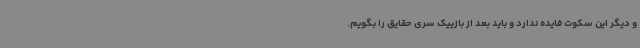
و دیگر این سکوت فایده ندارد و باید بعد از بازییک سری حقایق را بگویم.